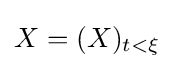
X=(X)_{t<\xi }